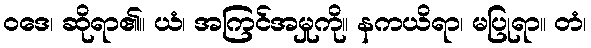
ဝဒေ၊ ဆိုရာ၏။ ယံ၊ အကြင်အမှုကို။ နကယိရာ၊ မပြုရာ။ တံ၊